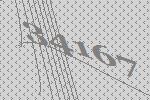
34167